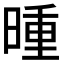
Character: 𬁇